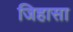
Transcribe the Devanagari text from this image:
जिहासा